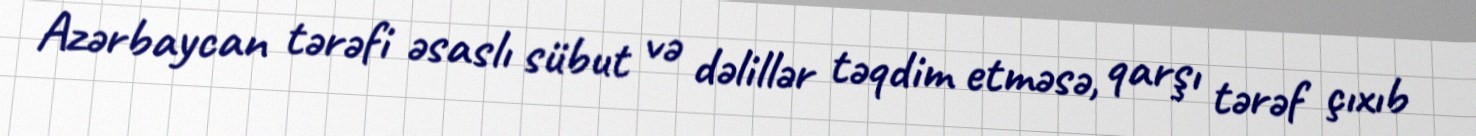
Azərbaycan tərəfi əsaslı sübut və dəlillər təqdim etməsə, qarşı tərəf çıxıb